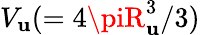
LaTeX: V_{\mathbf{u}}(=4\piR_{\mathbf{u}}^{3}/3)